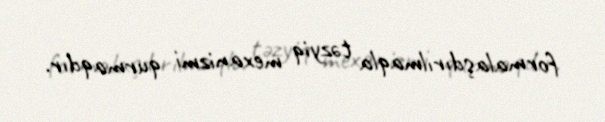
formalaşdırılmaqla təzyiq mexanizmi qurmaqdır.